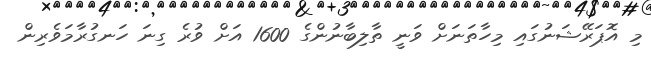
މި އޮޕަރޭޝަނުގައި މިހާތަނަށް ވަނީ ތާލިބާނުންގެ 1600 އަށް ވުރެ ގިނަ ހަނގުރާމަވެރިން